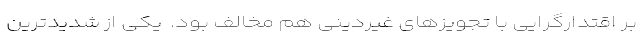
بر اقتدارگرایی با تجویزهای غیردینی هم مخالف بود. ‌ یکی از شدیدترین